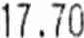
17.70